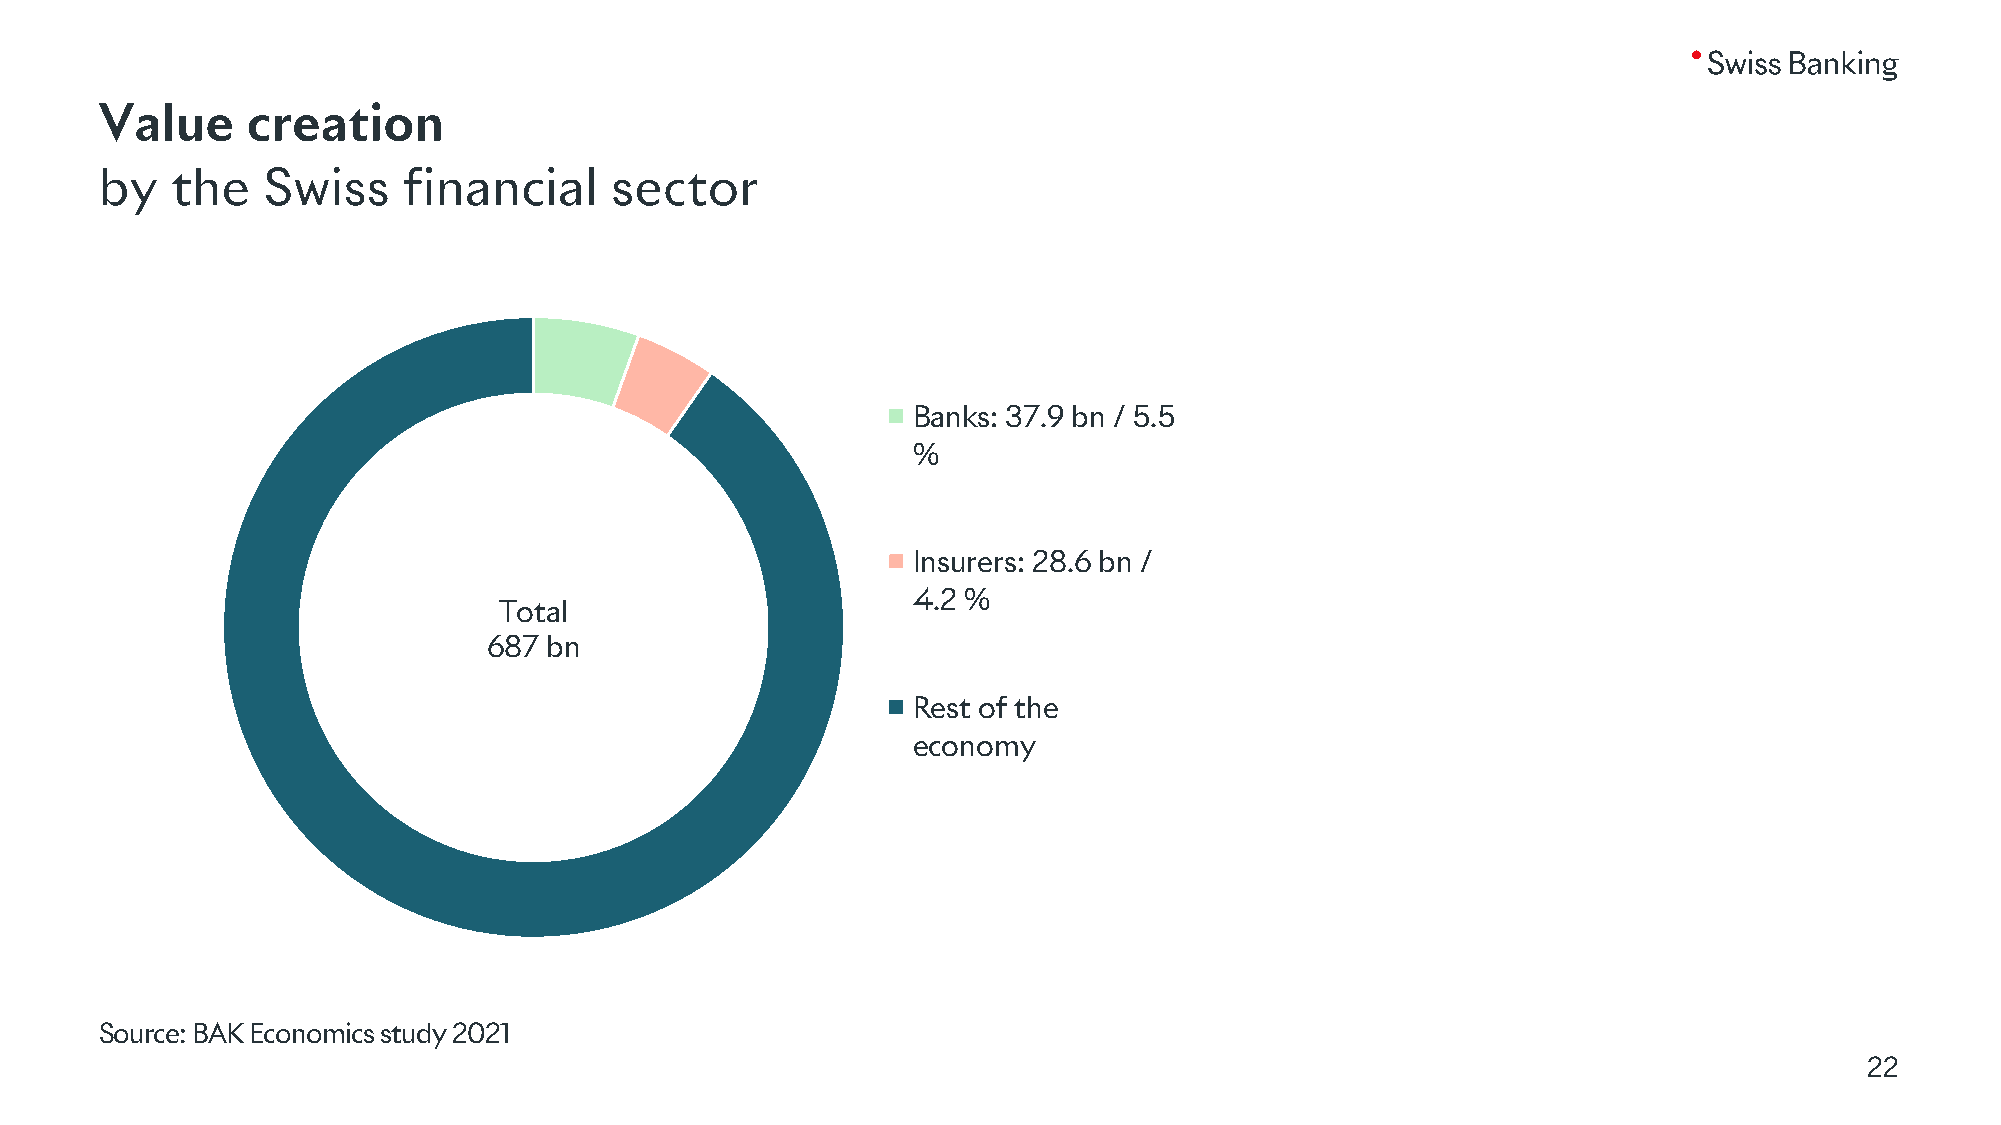
Value    creation
 by  the   Swiss     financial    sector
 Banks: 37.9 bn / 5.5
 %
 Insurers: 28.6 bn /
 4.2 %
 Total
 687 bn
 Rest of the
 economy
 Source: BAK Economics study 2021
 22